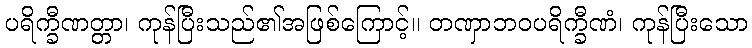
ပရိက္ခီဏတ္တာ၊ ကုန်ပြီးသည်၏အဖြစ်ကြောင့်။ တဏှာဘဝပရိက္ခီဏံ၊ ကုန်ပြီးသော